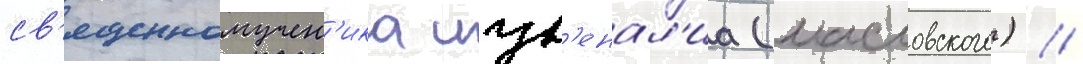
св'ященномучен'ика иув'енал'иа (масловского) /